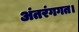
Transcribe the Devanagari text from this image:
अंतरंगगत।